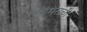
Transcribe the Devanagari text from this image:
थॉमसची